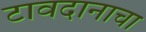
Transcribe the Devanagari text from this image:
टावदानाचा